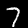
Digit: 7